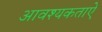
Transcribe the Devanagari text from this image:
आवश्यकताऐ